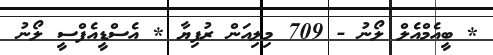
* ބީއެމްއެލް ލޯނު - 709 މިލިއަން ރުފިޔާ * އެސްޑީއެފްސީ ލޯނު